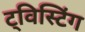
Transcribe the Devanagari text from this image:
ट्विस्टिंग